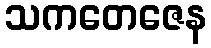
သကတေဇေန